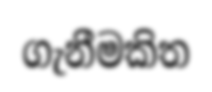
ගැනීමකිත